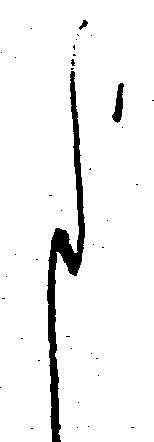
よ